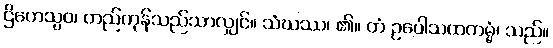
ဌိတေသွဝ၊ တည်ကုန်သည်သာလျှင်။ သံဃဿ၊ ၏။ တံ ဥပေါသထကမ္မံ၊ သည်။